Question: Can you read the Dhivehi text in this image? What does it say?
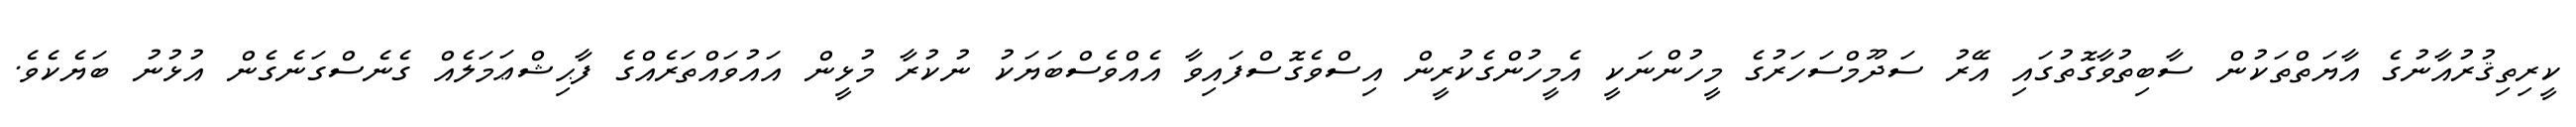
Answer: ކީރިތިޤުރުއާނުގެ އާޔަތްތަކުން ސާބިތުވާގޮތުގައި އޭރު ސަދޫމްސަހަރުގެ މީހުންނަކީ އެމީހުންގެކުރީން އިސްވެގޮސްފައިވާ އެއްވެސްބަޔަކު ނުކުރާ މުޅީން އައުވައްތަރެއްގެ ފާޙިޝްޢަމަލެއް ގެނެސްގަނެގެން އުޅުނު ބަޔެކެވެ.